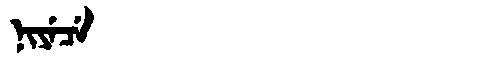
Manchu: ᠨᡳᠶᡝᠴᡝ
Romanization: NIYECE